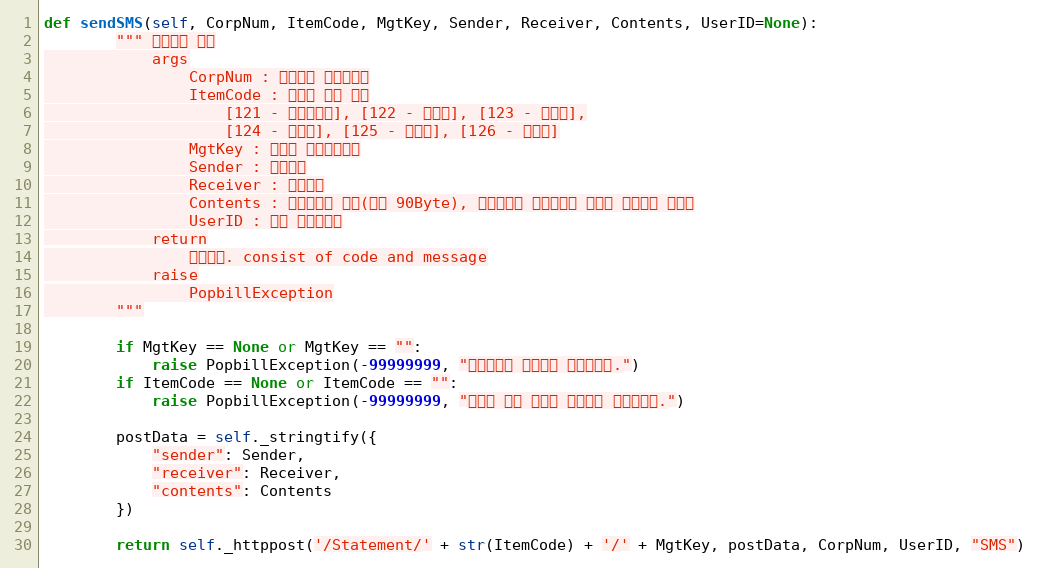
Language: Python
def sendSMS(self, CorpNum, ItemCode, MgtKey, Sender, Receiver, Contents, UserID=None):
        """ 알림문자 전송
            args
                CorpNum : 팝빌회원 사업자번호
                ItemCode : 명세서 종류 코드
                    [121 - 거래명세서], [122 - 청구서], [123 - 견적서],
                    [124 - 발주서], [125 - 입금표], [126 - 영수증]
                MgtKey : 파트너 문서관리번호
                Sender : 발신번호
                Receiver : 수신번호
                Contents : 문자메시지 내용(최대 90Byte), 최대길이를 초과한경우 길이가 조정되어 전송됨
                UserID : 팝빌 회원아이디
            return
                처리결과. consist of code and message
            raise
                PopbillException
        """

        if MgtKey == None or MgtKey == "":
            raise PopbillException(-99999999, "관리번호가 입력되지 않았습니다.")
        if ItemCode == None or ItemCode == "":
            raise PopbillException(-99999999, "명세서 종류 코드가 입력되지 않았습니다.")

        postData = self._stringtify({
            "sender": Sender,
            "receiver": Receiver,
            "contents": Contents
        })

        return self._httppost('/Statement/' + str(ItemCode) + '/' + MgtKey, postData, CorpNum, UserID, "SMS")